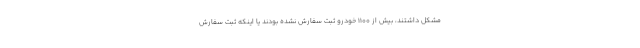
مشکل داشتند، بیش از ۱۱۰۰ خودرو ثبت سفارش نشده بودند یا اینکه ثبت سفارش